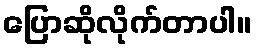
ပြောဆိုလိုက်တာပါ။